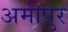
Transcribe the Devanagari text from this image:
अमीपुर